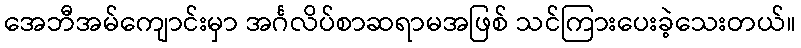
အေဘီအမ်ကျောင်းမှာ အင်္ဂလိပ်စာဆရာမအဖြစ် သင်ကြားပေးခဲ့သေးတယ်။